Civil Veterinary Department. Madras. Admin. report 1926-33 - 1926-1933
Year: 1926
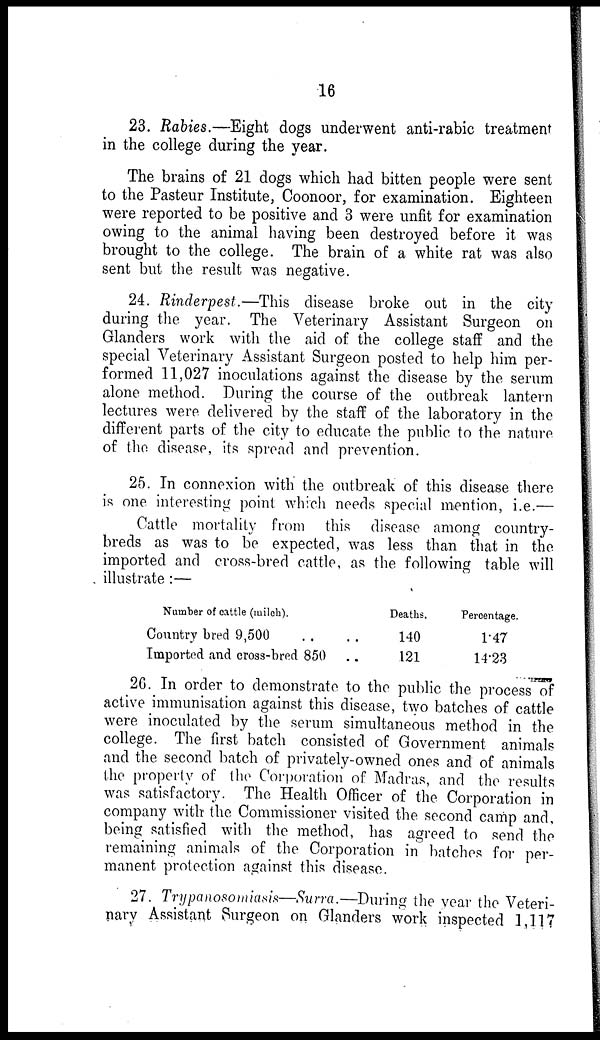
16
23. Rabies.—Eight dogs underwent anti-rabic treatment
in the college during the year.
The brains of 21 dogs which had bitten people were sent
to the Pasteur Institute, Coonoor, for examination. Eighteen
were reported to be positive and 3 were unfit for examination
owing to the animal having been destroyed before it was
brought to the college. The brain of a white rat was also
sent but the result was negative.
24. Rinderpest.—This disease broke out in the city
during the year. The Veterinary Assistant Surgeon on
Glanders work with the aid of the college staff and the
special Veterinary Assistant Surgeon posted to help him per-
formed 11,027 inoculations against the disease by the serum
alone method. During the course of the outbreak lantern
lectures were delivered by the staff of the laboratory in the
different parts of the city to educate the public to the nature
of the disease, its spread and prevention.
25. In connexion with the outbreak of this disease there
is one interesting point which needs special mention, i.e.—
Cattle mortality from this disease among country-
breds as was to be expected, was less than that in the
imported and cross-bred cattle, as the following table will
illustrate :—
Number of cattle (milch).
Country bred 9,500 .. ..
Imported and cross-bred 850 ..
Deaths.
140
121
Percentage.
1.47
14.23
26. In order to demonstrate to the public the process of
active immunisation against this disease, two batches of cattle
were inoculated by the serum simultaneous method in the
college. The first batch consisted of Government animals
and the second batch of privately-owned ones and of animals
the property of the Corporation of Madras, and the results
was satisfactory. The Health Officer of the Corporation in
company with the Commissioner visited the second camp and,
being satisfied with the method, has agreed to send the
remaining animals of the Corporation in batches for per-
manent protection against this disease.
27. Trypanosomiasis—Surra.—During the year the Veteri-
nary Assistant Surgeon on Glanders work inspected 1,117